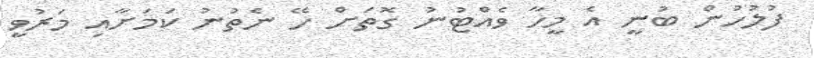
ފުލުހުން ބުނީ އެ މީހާ ވެއްޓުނު ގޮތަށް ހޭ ނެތުނު ކަމަށާއި މަރުވީ